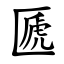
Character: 㔸